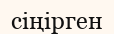
сіңірген